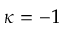
\kappa = - 1